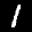
Label: 1